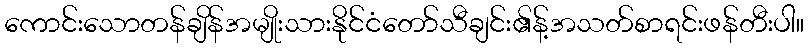
ကောင်းသောတန်ချိန်အမျိုးသားနိုင်ငံတော်သီချင်း၏န့်အသတ်စာရင်းဖန်တီးပါ။